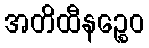
အတိထီနဉ္စေဝ